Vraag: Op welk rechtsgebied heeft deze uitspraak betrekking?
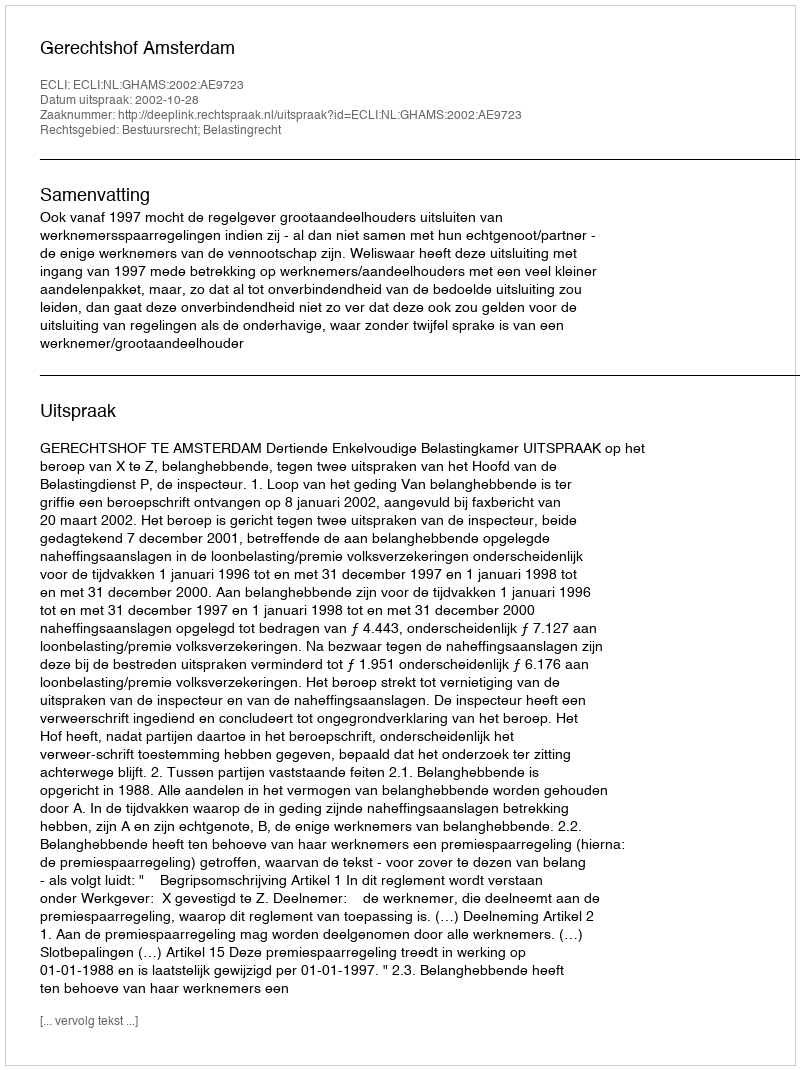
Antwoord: Bestuursrecht; Belastingrecht